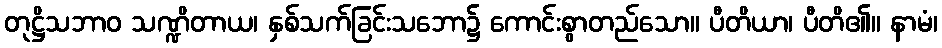
တုဋ္ဌိသဘာဝ သဏ္ဍိတာယ၊ နှစ်သက်ခြင်းသဘော၌ ကောင်းစွာတည်သော။ ပီတိယာ၊ ပီတိ၏။ နာမံ၊